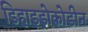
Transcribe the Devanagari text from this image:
डिहाइड्रोकोडीन